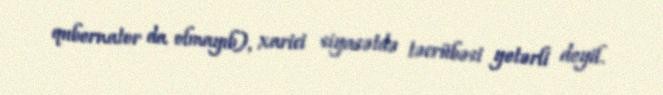
qubernator da olmayıb), xarici siyasətdə təcrübəsi yetərli deyil.